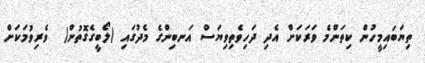
ތިޔަބައިމީހުން ކިތަންމެ ވަރަކަށް އެދި ދަހިވެތިވިޔަސް އަނބިންގެ މެދުގައި (ލޯބީގެގޮތުން)  ވެރިވުމަކަށް